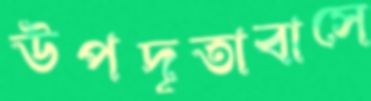
উপদূতাবাসে